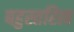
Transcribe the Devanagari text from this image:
बहुस्तरित्व